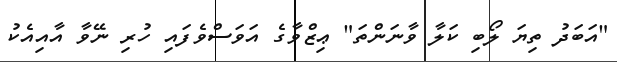
"އަބަދު ތިޔަ ލޯބި ކަލާ ވާނަންތަ" ޢިޒްވާގެ އަވަސްވެފައި ހުރި ނޭވާ އާއިއެކު